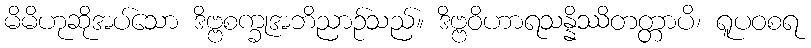
မိမိဟုဆိုအပ်သော ဒိဗ္ဗစက္ခုအဘိညာဉ်သည်။ ဒိဗ္ဗဝိဟာရသန္နိဿိတတ္တာပိ၊ ရူပဝစရ